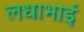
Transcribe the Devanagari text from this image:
लधाभाई